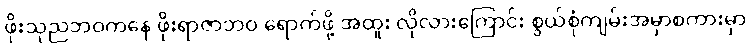
ဖိုးသုညဘဝကနေ ဖိုးရာဇာဘဝ ရောက်ဖို့ အထူး လိုလားကြောင်း စွယ်စုံကျမ်းအမှာစကားမှာ